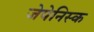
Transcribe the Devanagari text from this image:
जेपेनिस्क